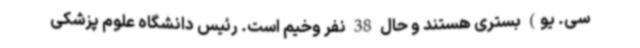
سی. یو) بستری هستند و حال 38 نفر وخیم است. رئیس دانشگاه علوم پزشکی